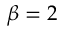
\beta = 2